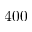
4 0 0